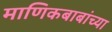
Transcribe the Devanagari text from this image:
माणिकबाबांच्या